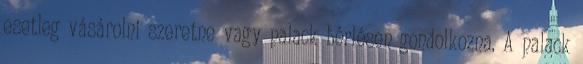
esetleg vásárolni szeretne vagy palack bérlésen gondolkozna. A palack